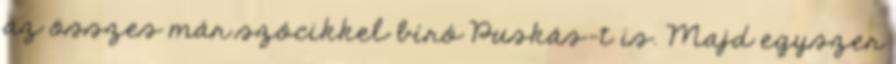
az összes már szócikkel bíró Puskás-t is. Majd egyszer